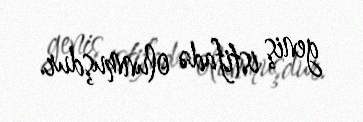
geniş istifadə olunmuşdur.